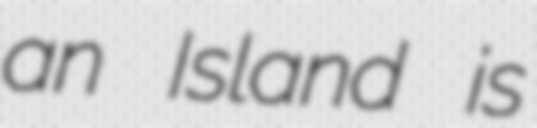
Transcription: an Island is